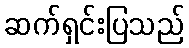
ဆက်ရှင်းပြသည်